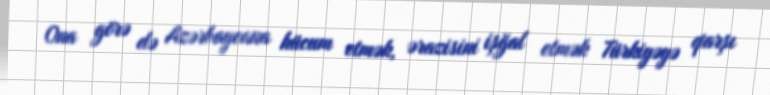
Ona görə də Azərbaycana hücum etmək, ərazisini işğal etmək Türkiyəyə qarşı